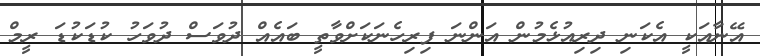
އޭނާއަކީ އެކަނި ދިރިއުޅެމުން އަންނަ ފިރިހެނަކަށްވާތީ ބައެއް ދުވަސް ދުވަހު ކުޑަކުޑަ ރީމް